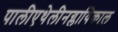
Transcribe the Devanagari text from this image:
पालीएथेलीनग्लायिकाल